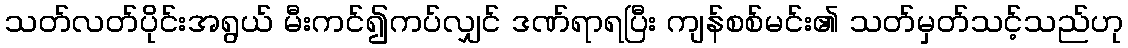
သတ်လတ်ပိုင်းအရွယ် မီးကင်၍ကပ်လျှင် ဒဏ်ရာရပြီး ကျန်စစ်မင်း၏ သတ်မှတ်သင့်သည်ဟု